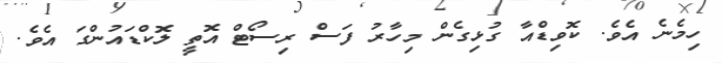
ހިމެނެ އެވެ. ކޮވިޑްއާ ގުޅިގެން މިހާރު ފަސް ރިސޯޓް އޮތީ ލޮކްޑައުންގަ އެވެ.